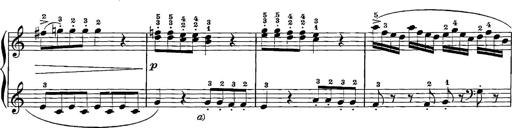
Title: 12 Sonatinas
Composer: Ignaz Pleyel